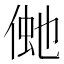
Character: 𠋞